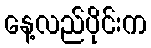
နေ့လည်ပိုင်းက